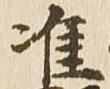
准